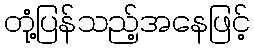
တုံ့ပြန်သည့်အနေဖြင့်